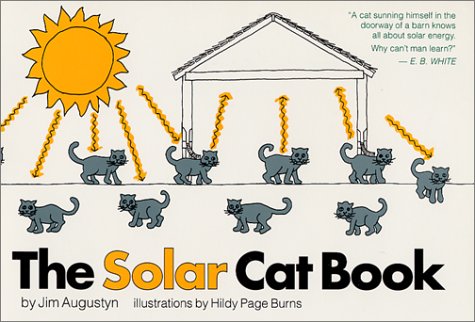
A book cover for The Solar Cat Book; Jim Augustyn; Humor & Entertainment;